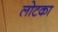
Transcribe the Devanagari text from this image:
लोटका